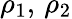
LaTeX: \rho_{1},\, \rho_{2}